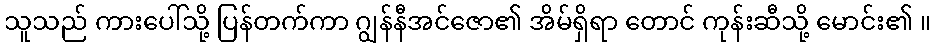
သူသည် ကားပေါ်သို့ ပြန်တက်ကာ ဂျွန်နီအင်ဇော၏ အိမ်ရှိရာ တောင် ကုန်းဆီသို့ မောင်း၏ ။